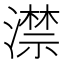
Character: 澿